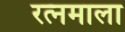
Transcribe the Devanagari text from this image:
रत्‍नमाला